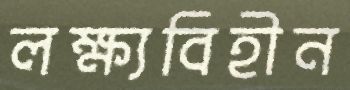
লক্ষ্যবিহীন